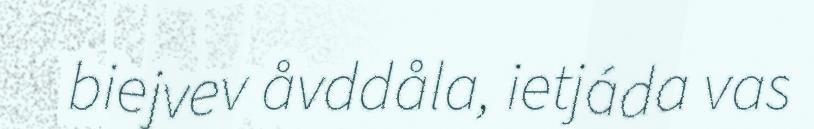
biejvev åvddåla, ietjáda vas